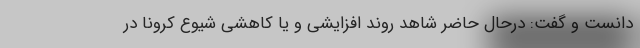
دانست و گفت: درحال حاضر شاهد روند افزایشی و یا کاهشی شیوع کرونا در